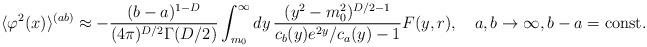
LaTeX: \begin{align*} \langle \varphi ^{2}(x)\rangle ^{(ab)}\approx - \frac{(b-a)^{1-D}}{(4\pi )^{D/2}\Gamma (D/2)}\int_{m_0}^{\infty } dy\, \frac{(y^2-m_0^2)^{D/2-1}}{c_b(y)e^{2y}/c_a(y)-1} F(y,r) ,\quad a,b\to \infty, b-a={\mathrm{const}}.\end{align*}